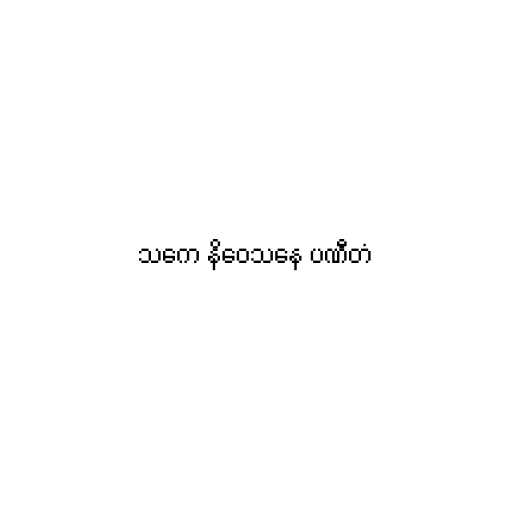
သကေ နိဝေသနေ ပဏီတံ